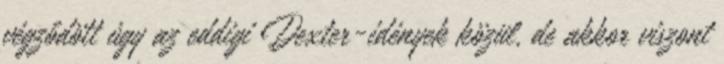
végződött úgy az eddigi Dexter-idények közül, de akkor viszont